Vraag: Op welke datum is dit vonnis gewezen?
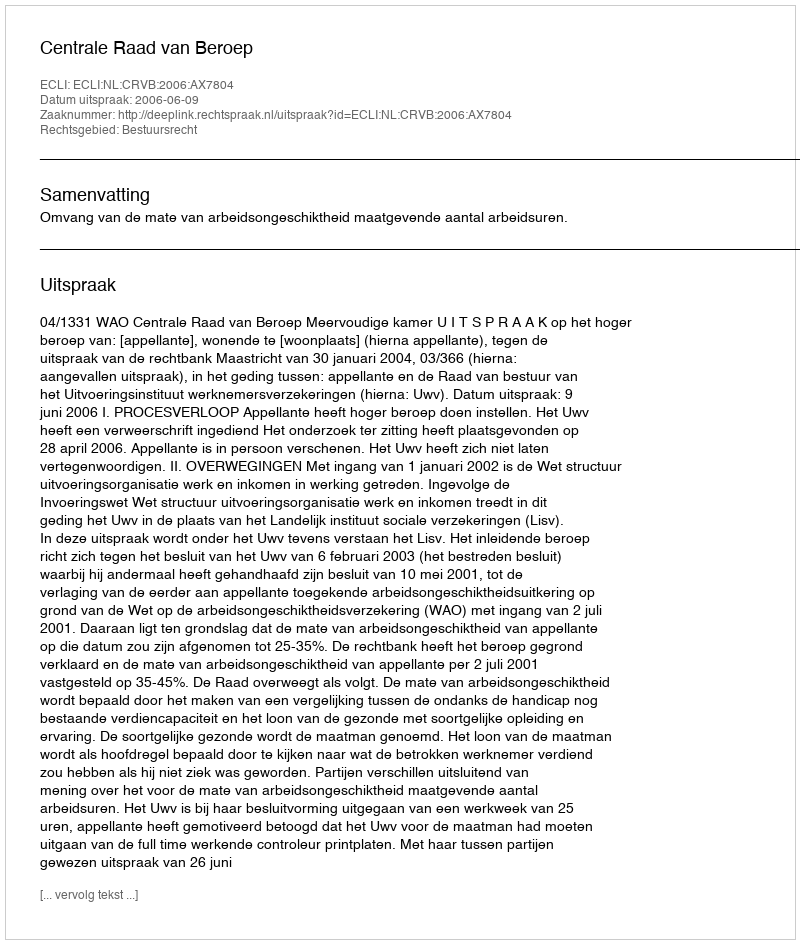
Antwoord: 2006-06-09